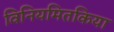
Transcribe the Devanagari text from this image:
विनियमितकिया